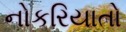
નોકરિયાતો